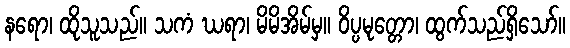
နရော၊ ထိုသူသည်။ သကံ ဃရာ၊ မိမိအိမ်မှ။ ဝိပ္ပမုတ္တော၊ ထွက်သည်ရှိသော်။